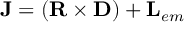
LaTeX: { \bf J } = ( { \bf R \times D } ) + { \bf L } _ { e m }